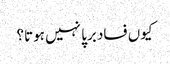
کیوں فساد برپا نہیں ہوتا؟